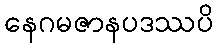
နေဂမဇာနပဒဿပိ